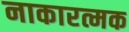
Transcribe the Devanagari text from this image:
नाकारत्मक